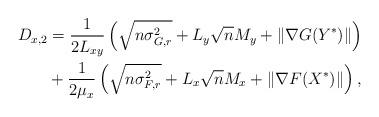
LaTeX: \begin{align*}D_{x,2} &= \frac{1}{2L_{xy}}\left(\sqrt{n\sigma_{G,r}^2} + L_{y}\sqrt{n}M_y+\|\nabla G(Y^*)\| \right)\\&+\frac{1}{2\mu_{x}}\left(\sqrt{n\sigma_{F,r}^2} + L_{x}\sqrt{n}M_x+\|\nabla F(X^*)\| \right),\end{align*}